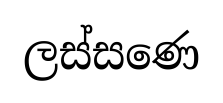
ලස්සණෙ